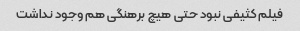
فیلم کثیفی نبود حتی هیچ برهنگی هم وجود نداشت